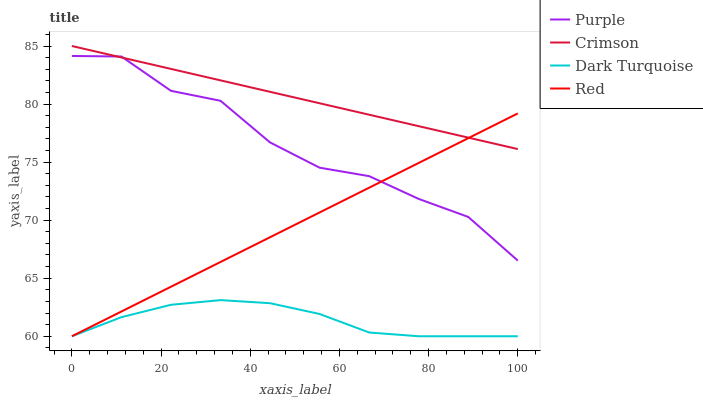
| xaxis_label | Purple | Crimson | Dark Turquoise | Red |
 | --- | --- | --- | --- | --- |
 | 0 | 84.1 | 85 | 60 | 60 |
 | 11.1 | 84.1 | 84 | 61.6 | 62.1 |
 | 22.2 | 81.1 | 83 | 62.7 | 64.3 |
 | 33.3 | 80.3 | 82 | 63.1 | 66.4 |
 | 44.4 | 76.7 | 81.1 | 62.8 | 68.5 |
 | 55.6 | 74.5 | 80.1 | 61.9 | 70.7 |
 | 66.7 | 73.8 | 79.1 | 60.3 | 72.8 |
 | 77.8 | 71.8 | 78.1 | 60 | 74.9 |
 | 88.9 | 70.3 | 77.1 | 60 | 77.1 |
 | 100 | 66.5 | 76.1 | 60 | 79.2 |